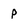
Character: p